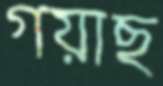
গয়াছ